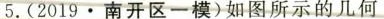
5.(2019.南开区一模)如图所示的几何